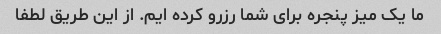
ما یک میز پنجره برای شما رزرو کرده ایم. از این طریق لطفا